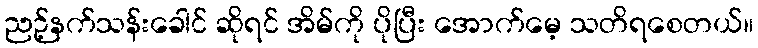
ညဉ့်နက်သန်းခေါင် ဆိုရင် အိမ်ကို ပိုပြီး အောက်မေ့ သတိရစေတယ်။